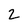
Character: 2